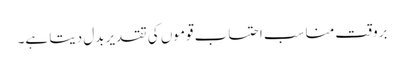
بروقت مناسب احتساب قوموں کی تقدیر بدل دیتا ہے۔